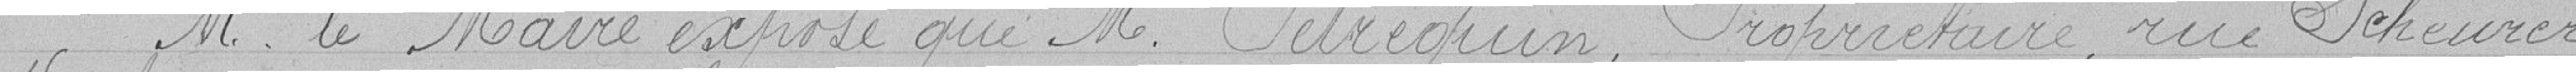
Monsieur le Maire expose que Monsieur Petrequin, propriétaire, rue Scheurer